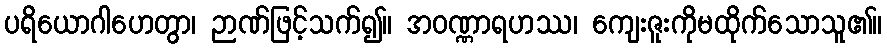
ပရိယောဂါဟေတွာ၊ ဉာဏ်ဖြင့်သက်၍။ အဝဏ္ဏာရဟဿ၊ ကျေးဇူးကိုမထိုက်သောသူ၏။